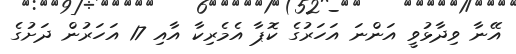
އޭނާ ވިދާޅުވީ އަންނަ އަހަރުގެ ކޮޕާ އެމެރިކާ އާއި 17 އަހަރުން ދަށުގެ